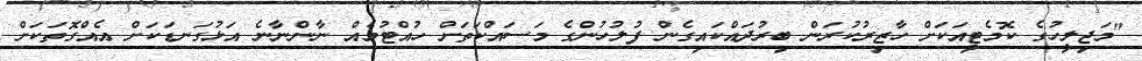
"މަޖިލީހުގެ ކޮމެޓީއަކަށް ހާޒިރުކުރަން ބިރުދައްކައިގެން ފުލުހުންގެ މަސައްކަތަށް ހުއްޓުމެއް ނާންނާނެ އަޅުގަނޑަކަށް އެއްގޮތަކަށް